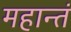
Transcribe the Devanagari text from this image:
महान्तं